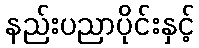
နည်းပညာပိုင်းနှင့်